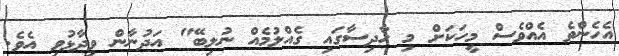
އެހެންވެ އެއްވެސް މީހަކަށް މި ހާދިސާގައި ގެއްލުމެއް ނުލިބޭ" އަދުނާން ވިދާޅުވި އެވެ.